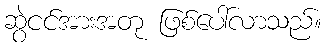
ဆွဲငင်အားအတု ဖြစ်ပေါ်လာသည်။